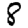
Digit: 8